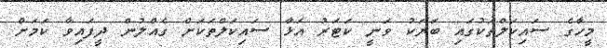
މީހާގެ ސައިކަލްތަކުގައި ބަޔަކު ވަނީ ކަޓަރު އަޅާ ސައިކަލްތަކަށް ގެއްލުން ދީފައިވާ ކަމަށް